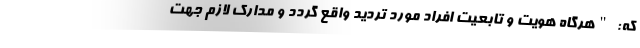
که: "هرگاه هویت و تابعیت افراد مورد تردید واقع گردد و مدارک لازم جهت